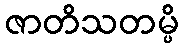
ဇာတိသတမ္ပိ